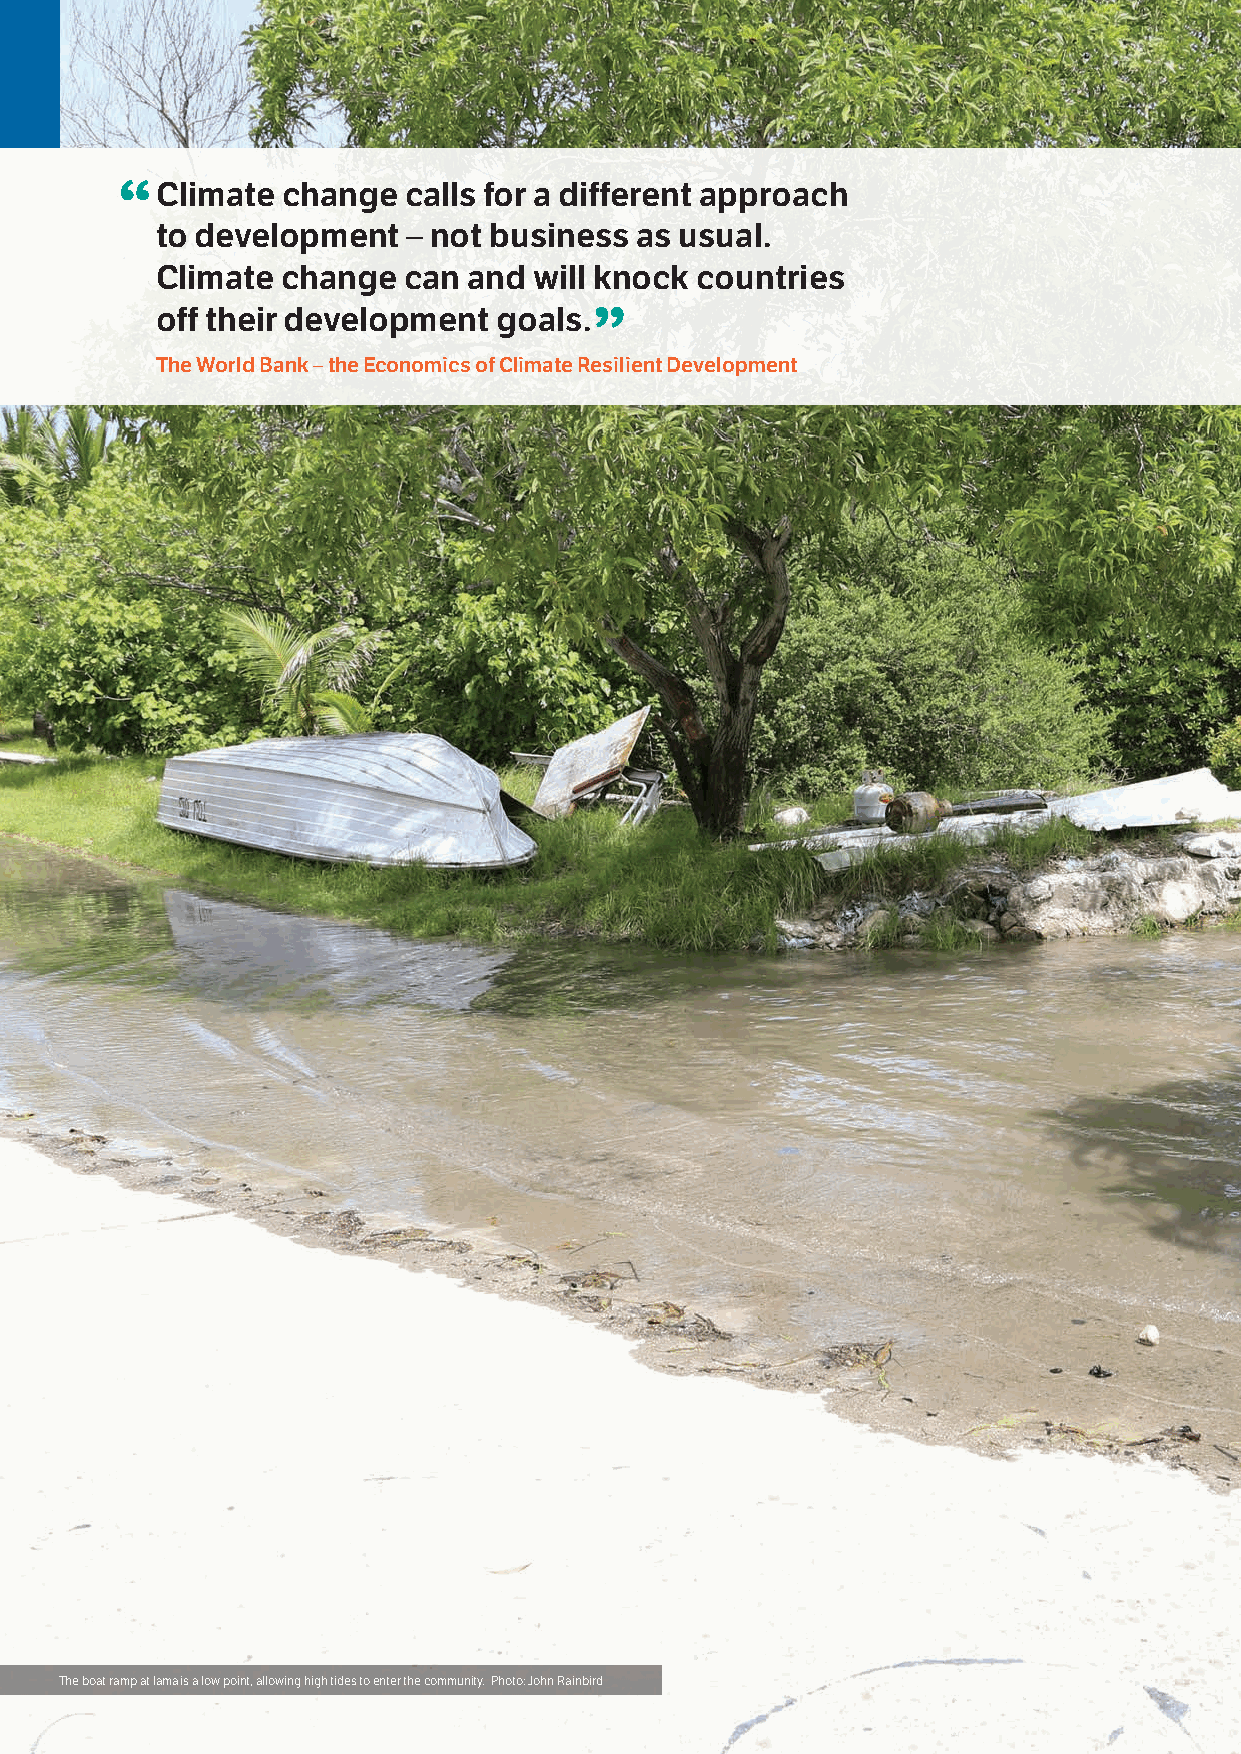
“C  limate change  calls for a different approach
 to development   – not business as usual.
 Climate  change  can and will knock countries
 off their development  goals.”
 The World Bank – the Economics of Climate Resilient Development
 6 Torres Strait Regional Adaptation and Resilience Plan
 The boat ramp at Iama is a low point, allowing high tides to enter the community. Photo: John Rainbird